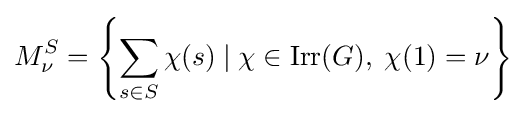
M_{\nu }^{S}=\left\{\sum _{s\in S}\chi (s)\;|\;\chi \in \operatorname {Irr} (G),\;\chi (1)=\nu \right\}